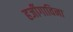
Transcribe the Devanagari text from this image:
हर्जीगाविना